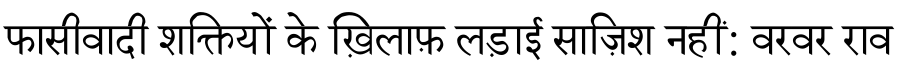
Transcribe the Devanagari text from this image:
फासीवादी शक्तियों के ख़िलाफ़ लड़ाई साज़िश नहीं: वरवर राव